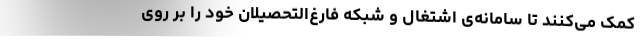
کمک می‌کنند تا سامانه‌ی اشتغال و شبکه فارغ‌التحصیلان خود را بر روی